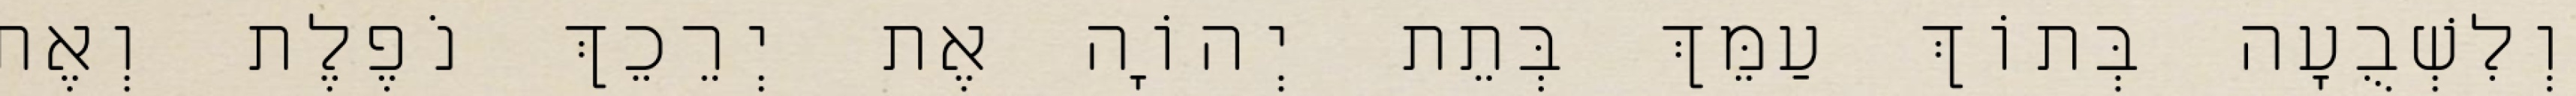
וְלִשְׁבֻעָה בְּתוֹךְ עַמֵּךְ בְּתֵת יְהוָֹה אֶת יְרֵכֵךְ נֹפֶלֶת וְאֶת